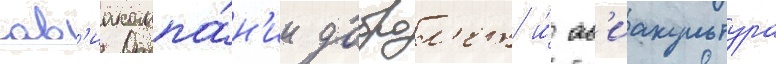
ав'иакомпа́н'ии доброл'ет и́ ав'иакультура